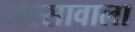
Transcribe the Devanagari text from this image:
जस्‍सावाला